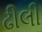
ઢીલી